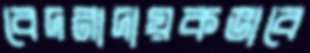
বেদনাদায়কভাবে